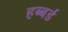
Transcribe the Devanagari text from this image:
हब्बर्ड